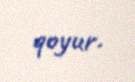
qoyur.